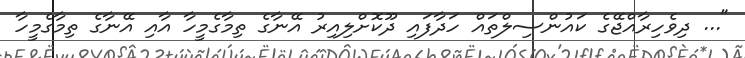
"... ދިވެހިރާއްޖޭގެ ކައުންސިލްތައް ހަދާފައި ދޫކޮށްލިއިރު އޭނާގެ ތިމާގެމީހާ އާއި އޭނާގެ ތިމާގެމީހާ